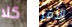
كلا الأمر